Punjab Mental Hospital Lahore 1932-46 - 1932-1946
Year: 1932
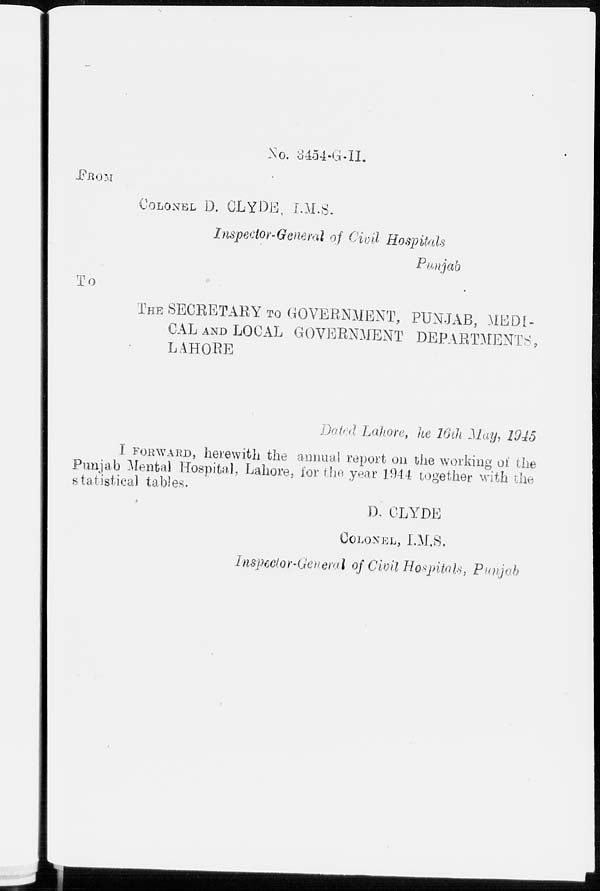
No. 8454-G.II
FROM
COLONEL D. CLYDE, I.M.S.
Impector-General of Civil Hospitals
Punjab
To
THE SECRETARY TO GOVERNMENT, PUNJAB, MEDI-
CAL AND LOCAL GOVERNMENT DEPARTMENTS,
LAHORE
Dated Lahore, the 16th May, 1945
I FORWARD, herewith the annual report on the working of the
Punjab Mental Hospital, Lahore, for the year 1944 together with
D
. CLYDE
COLONEL, I.M.S.
Inspector-General of Civil Hospitals, Punjab